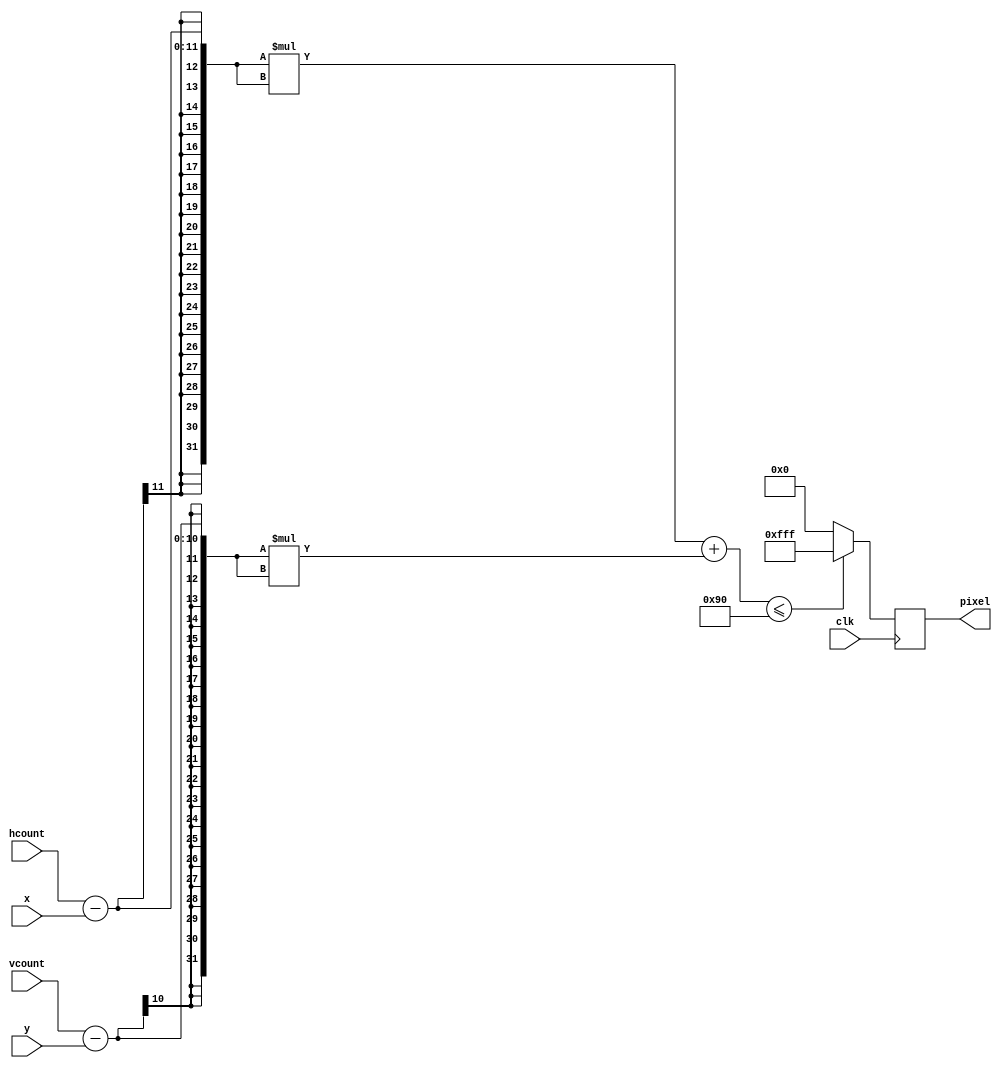
`timescale 1ns / 1ps
//////////////////////////////////////////////////////////////////////////////////
// Company: 
// Engineer: 
// 
// Design Name: 
// Module Name: draw_bullet2
// Project Name: 
// Target Devices: 
// Tool Versions: 
// Description: 
// 
// Dependencies: 
// 
// Revision:
// Revision 0.01 - File Created
// Additional Comments:
// 
//////////////////////////////////////////////////////////////////////////////////


module draw_bullet2 #(parameter R=12)(
        clk,
        hcount,
        vcount,
        x,
        y,
        pixel
    );
    input clk;
    input [10:0]hcount;
    input [9:0]vcount;
    output wire [11:0]pixel;
    input [10:0]x;
    input [9:0]y;
    
    reg[11:0]color;
    
    always@(posedge clk)
    begin
        if ((hcount-x)*(hcount-x)+(vcount-y)*(vcount-y)<=R*R)
            color<=12'b1111_1111_1111;
        else
            color<=12'b0;
    end
    assign pixel=color;
endmodule